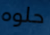
حلوه